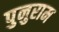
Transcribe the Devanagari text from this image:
पुनुराम